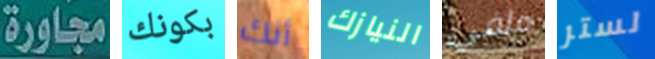
مجاورة بكونك أنك النيازك ملفي لستر